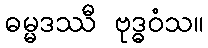
ဓမ္မဒဿီ ဗုဒ္ဓဝံသ။